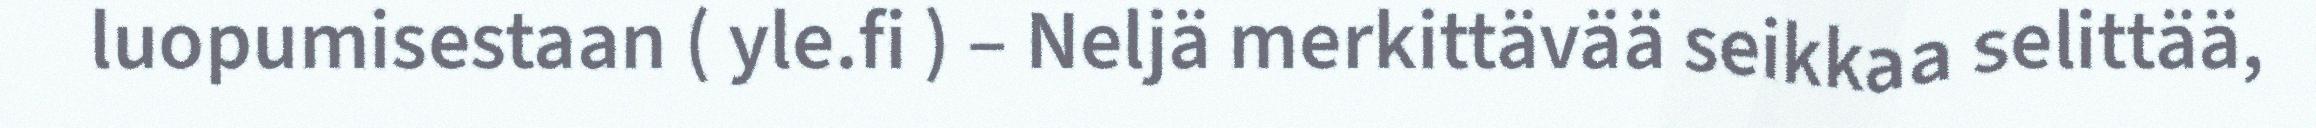
luopumisestaan ( yle.fi ) – Neljä merkittävää seikkaa selittää,